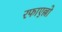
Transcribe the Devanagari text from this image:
रफाएल्लो